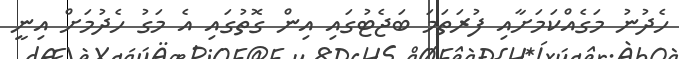
ހެދުނު މަގެއްކަމަށާއި ފުރަތަމަ ބަޖެޓުގައި އިން ގޮތުގައި އެ މަގު ހެދުމަށް އިނީ